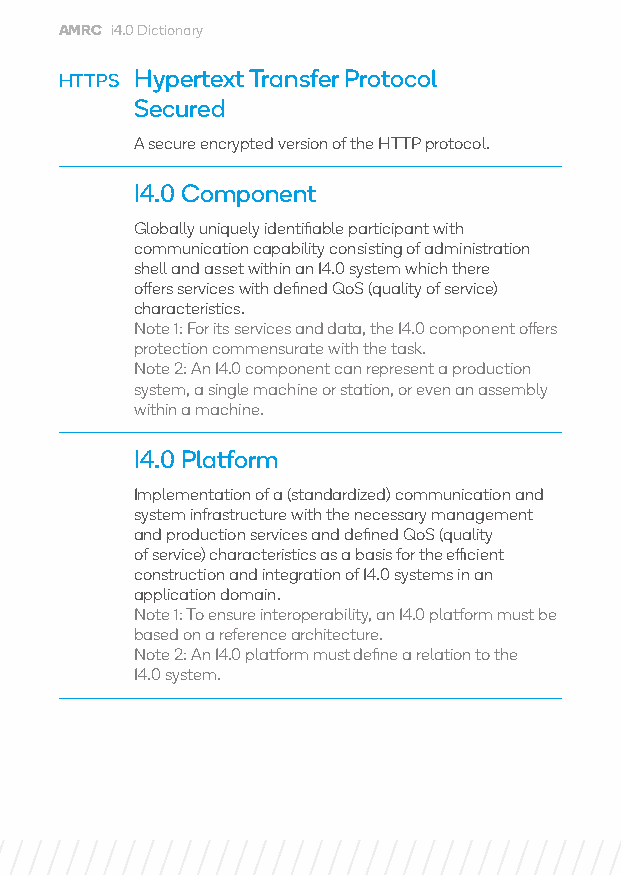
AMRC i4.0 Dictionary
 HTTPS Hypertext Transfer Protocol
 Secured
 A secure encrypted version of the HTTP protocol.
 I4.0 Component
 Globally uniquely identifiable participant with
 communication capability consisting of administration
 shell and asset within an I4.0 system which there
 offers services with defined QoS (quality of service)
 characteristics.
 Note 1: For its services and data, the I4.0 component offers
 protection commensurate with the task.
 Note 2: An I4.0 component can represent a production
 system, a single machine or station, or even an assembly
 within a machine.
 I4.0 Platform
 Implementation of a (standardized) communication and
 system infrastructure with the necessary management
 and production services and defined QoS (quality
 of service) characteristics as a basis for the efficient
 construction and integration of I4.0 systems in an
 application domain.
 Note 1: To ensure interoperability, an I4.0 platform must be
 based on a reference architecture.
 Note 2: An I4.0 platform must define a relation to the
 I4.0 system.